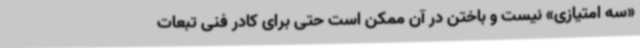
«سه امتیازی» نیست و باختن در آن ممکن است حتی برای کادر فنی تبعات